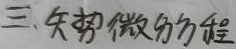
三、矢势微分方程